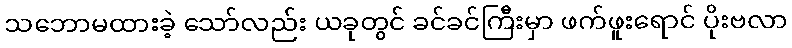
သဘောမထားခဲ့ သော်လည်း ယခုတွင် ခင်ခင်ကြီးမှာ ဖက်ဖူးရောင် ပိုးဗလာ